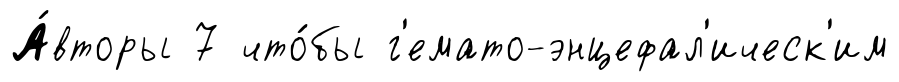
А́вторы 7 что́бы г'емато-энцефал'ическ'им